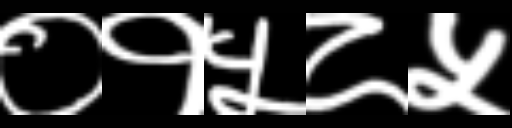
Text: ०१५८५